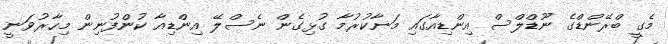
މެގީ ބްރޭންޑްގެ ނޫޑްލްސް އިންޑިއާގައި މަނާކުރުމާ ގުޅިގެން ނެސްލޭ އިންޑިއާ ކުންފުނިން މިހާރުވަނީ